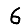
Digit: 6